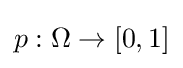
p:\Omega \to [0,1]